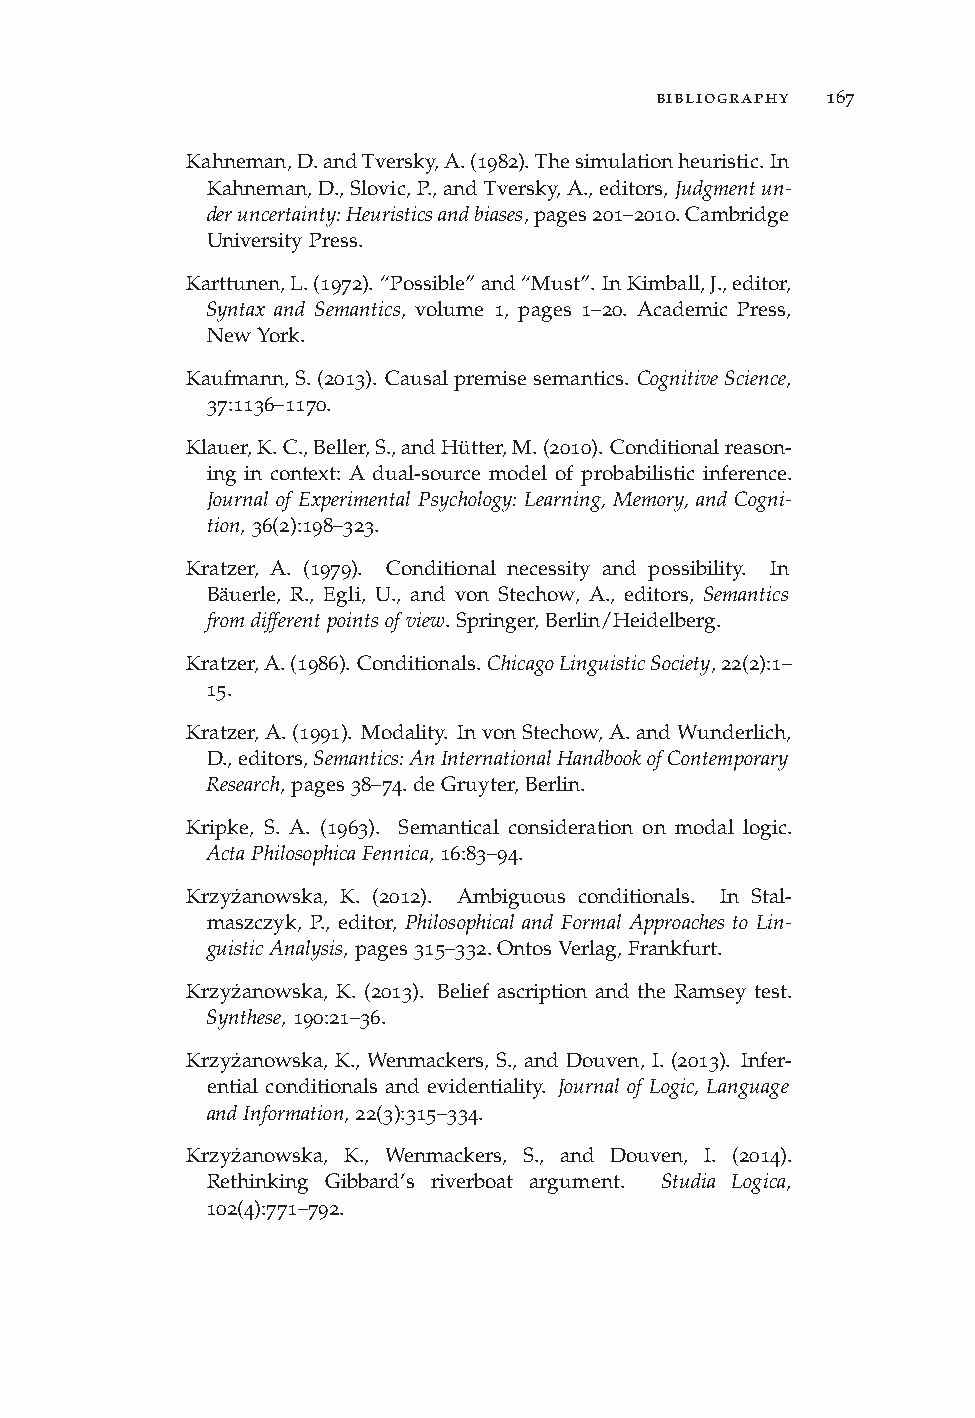
bibliography 167
 Kahneman,D.andTversky,A.(1982).Thesimulationheuristic.In
 Kahneman,D.,Slovic,P.,andTversky,A.,editors,Judgmentun-
 deruncertainty:Heuristicsandbiases,pages201–2010.Cambridge
 UniversityPress.
 Karttunen,L.(1972). “Possible”and“Must”. InKimball,J.,editor,
 Syntax and Semantics, volume 1, pages 1–20. Academic Press,
 NewYork.
 Kaufmann,S.(2013). Causalpremisesemantics. CognitiveScience,
 37:1136–1170.
 Klauer,K.C.,Beller,S.,andHütter,M.(2010). Conditionalreason-
 ing in context: A dual-source model of probabilistic inference.
 Journal of Experimental Psychology: Learning, Memory, and Cogni-
 tion,36(2):198–323.
 Kratzer, A. (1979). Conditional necessity and possibility. In
 Bäuerle, R., Egli, U., and von Stechow, A., editors, Semantics
 fromdifferentpointsofview.Springer,Berlin/Heidelberg.
 Kratzer,A.(1986). Conditionals. ChicagoLinguisticSociety,22(2):1–
 15.
 Kratzer,A.(1991). Modality. InvonStechow,A.andWunderlich,
 D.,editors,Semantics:AnInternationalHandbookofContemporary
 Research,pages38–74.deGruyter,Berlin.
 Kripke, S. A. (1963). Semantical consideration on modal logic.
 ActaPhilosophicaFennica,16:83–94.
 Krzyz˙anowska, K. (2012). Ambiguous conditionals. In Stal-
 maszczyk, P., editor, Philosophical and Formal Approaches to Lin-
 guisticAnalysis,pages315–332.OntosVerlag,Frankfurt.
 Krzyz˙anowska, K. (2013). Belief ascription and the Ramsey test.
 Synthese,190:21–36.
 Krzyz˙anowska, K., Wenmackers, S., and Douven, I. (2013). Infer-
 ential conditionals and evidentiality. Journal of Logic, Language
 andInformation,22(3):315–334.
 Krzyz˙anowska, K., Wenmackers, S., and Douven, I. (2014).
 Rethinking Gibbard’s riverboat argument. Studia Logica,
 102(4):771–792.